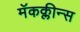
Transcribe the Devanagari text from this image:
मॅकक्लीन्स